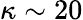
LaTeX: \kappa\sim 20